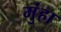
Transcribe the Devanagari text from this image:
मुंहा